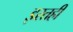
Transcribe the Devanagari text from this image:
इरतही